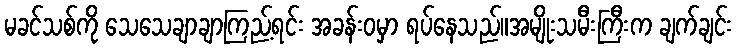
မခင်သစ်ကို သေသေချာချာကြည့်ရင်း အခန်းဝမှာ ရပ်နေသည်။အမျိုးသမီးကြီးက ချက်ချင်း